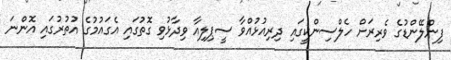
ފިންލޭންޑުގެ ވެރިރަށް ހެލްސިންކީގައި ދިރިއުޅުއްވާ ސީޕިލިއާ ވިދާޅުވި ގޮތުގައި އެގައުމުގެ އުތުރުގައި އޮންނަ